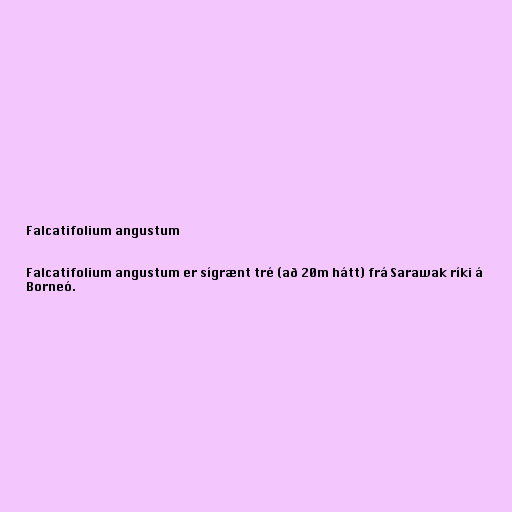
Falcatifolium angustum

Falcatifolium angustum er sígrænt tré (að 20m hátt) frá Sarawak ríki á
Borneó.